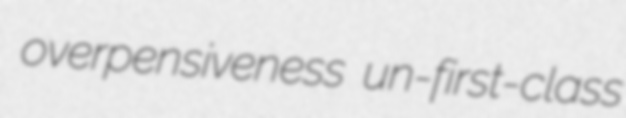
overpensiveness un-first-class